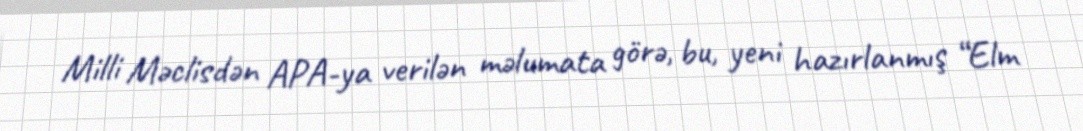
Milli Məclisdən APA-ya verilən məlumata görə, bu, yeni hazırlanmış “Elm